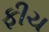
ફીચ